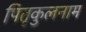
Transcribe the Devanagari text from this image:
पितृकुलनाम